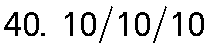
40. 10/10/10